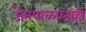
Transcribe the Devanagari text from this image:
जैतपाळालाही